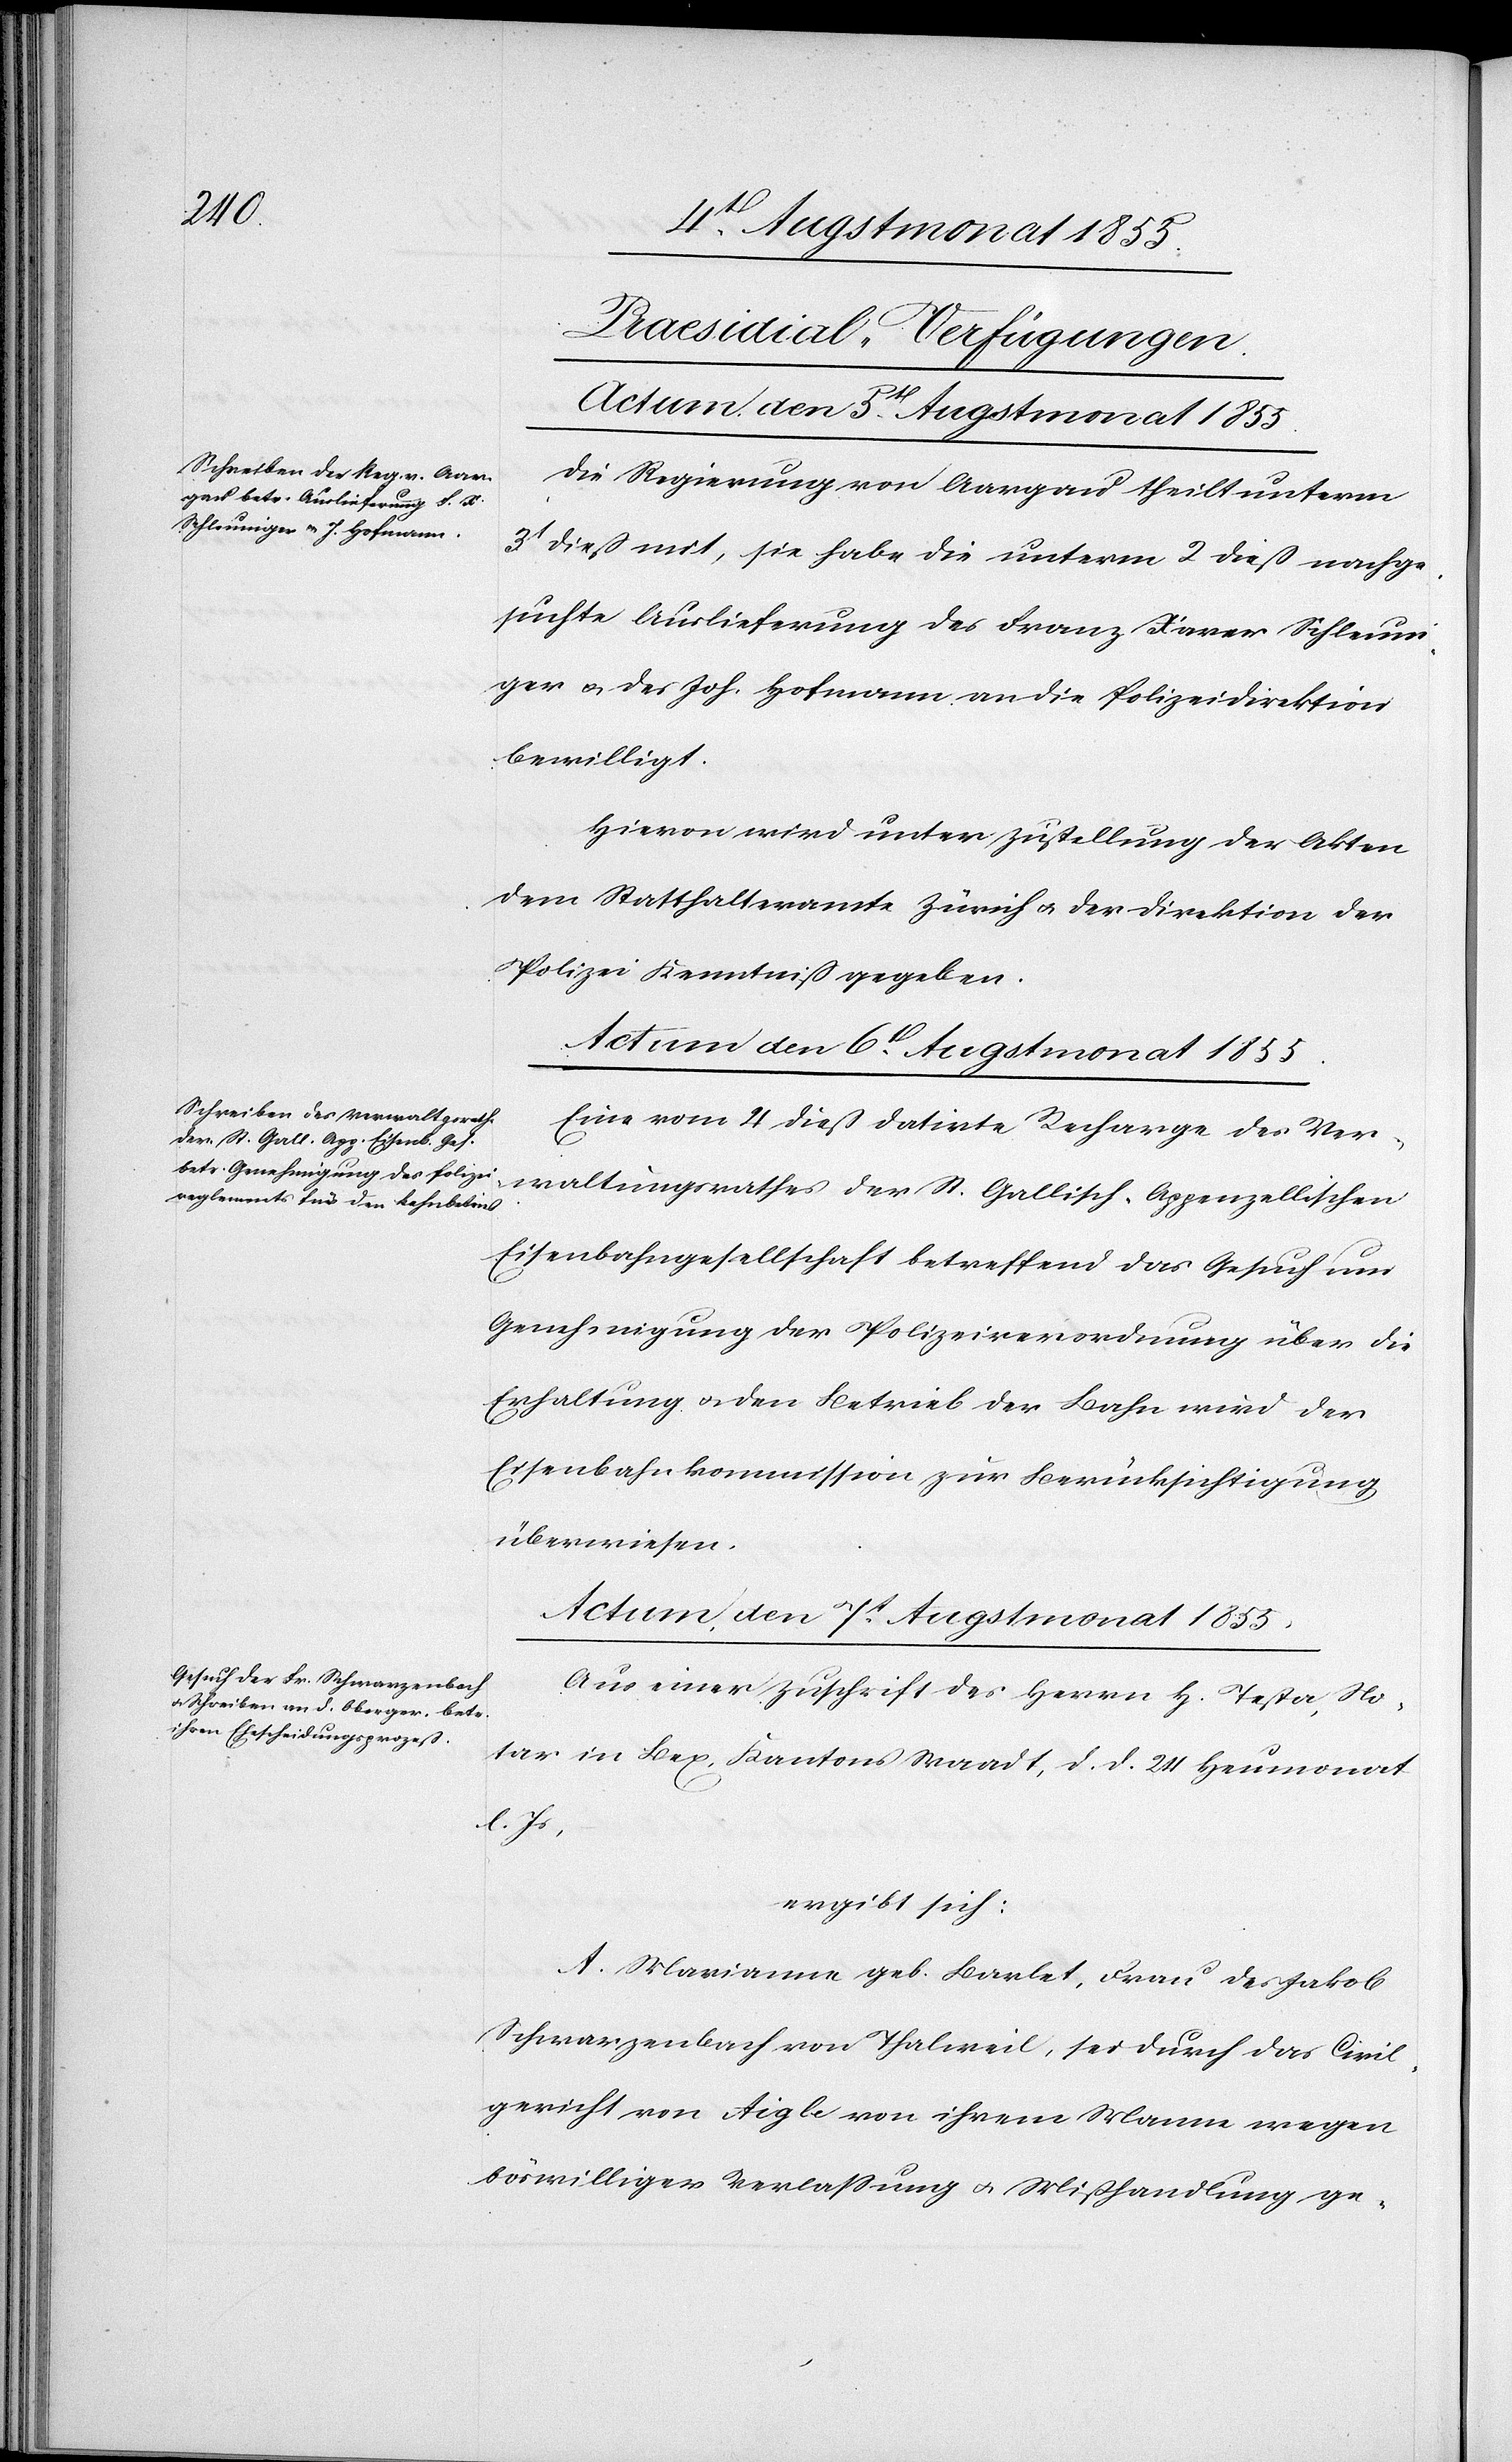
St.
[Praesidial-Verfügungen.]
Actum, den 7t. Augstmonat 1855.
Die Regierung von Aargau theilt unterm
3t dieß mit, sie habe die unterm 2 dieß nachge¬
suchte Auslieferung des Franz Xaver Schleuni¬
ger & des Joh. Hofmann an die Polizeidirektion
bewilligt.
Hievon wird unter Zustellung der Akten
dem Statthalteramte Zürich & der Direktion der
Polizei Kenntniß gegeben.
Actum den 6t. Augstmonat 1855.
Eine vom 4 dieß datirte Recharge des Ver¬
Eisenbahngesellschaft betreffend das Gesuch um
Genehmigung der Polizeiverordnung über die
Erhaltung & den Betrieb der Bahn wird der
Eisenbahnkommission zur Berücksichtigung
überwiesen.
Aus einer Zuschrift des Herrn H. Testa, No¬
tar in Bex, Kantons Waadt, d. d. 24 Heumonat
l. Js,
ergibt sich:
A. Marianne geb. Barlet, Frau des Jakob
Schwarzenbach von Thalweil, sei durch das Civil¬
gericht von Aigle von ihrem Manne wegen
böswilliger Verlassung & Mißhandlung ge-